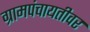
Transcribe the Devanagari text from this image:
ग्रामपंचायतीवर